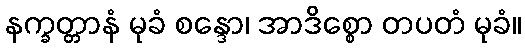
နက္ခတ္တာနံ မုခံ စန္ဒော၊ အာဒိစ္စော တပတံ မုခံ။